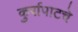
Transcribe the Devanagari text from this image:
कुर्रापाटचे